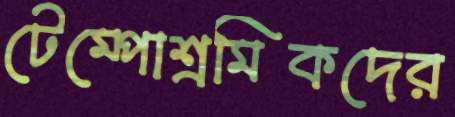
টেম্পোশ্রমিকদের